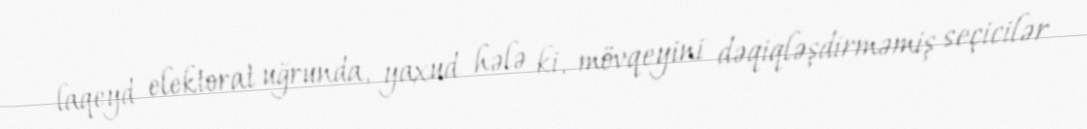
laqeyd elektorat uğrunda, yaxud hələ ki, mövqeyini dəqiqləşdirməmiş seçicilər